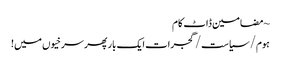
~ مضامین ڈاٹ کام
ہوم/سیاست/گجرات ایک بار پھر سرخیوں میں!